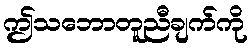
ဤသဘောတူညီချက်ကို